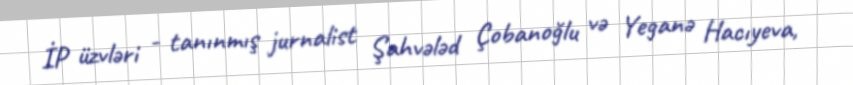
İP üzvləri - tanınmış jurnalist Şahvələd Çobanoğlu və Yeganə Hacıyeva,